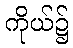
ကိုယ်၌